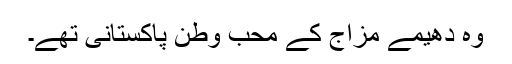
وہ دھیمے مزاج کے محب وطن پاکستانی تھے۔